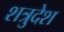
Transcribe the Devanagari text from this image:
शत्रुदेश